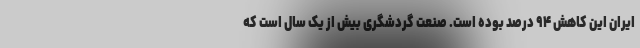
ایران این کاهش ۹۴ درصد بوده است. صنعت گردشگری بیش از یک سال است که